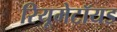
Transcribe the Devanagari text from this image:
रियूमेटॉयड